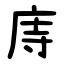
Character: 庤